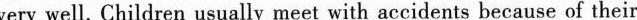
very well. Children usually meet with accidents because of their